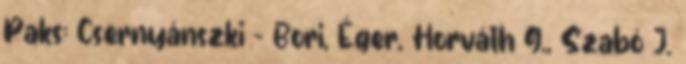
Paks: Csernyánszki – Bori, Éger, Horváth G., Szabó J.